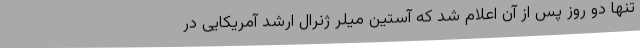
تنها دو روز پس از آن اعلام شد که آستین میلر ژنرال ارشد آمریکایی در